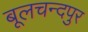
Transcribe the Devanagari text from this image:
बूलचन्दपुर